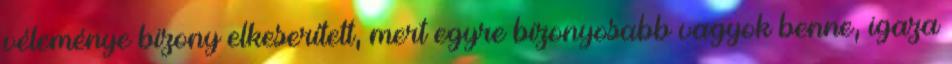
véleménye bizony elkeserített, mert egyre bizonyosabb vagyok benne, igaza